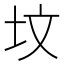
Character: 坟